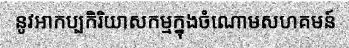
នូវអាកប្បកិរិយាសកម្មក្នុងចំណោមសហគមន៍